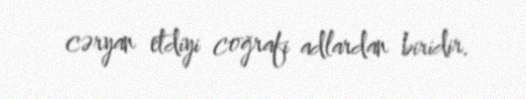
cəryan etdiyi coğrafi adlardan biridir.